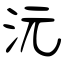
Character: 沅